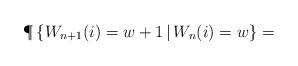
LaTeX: \begin{align*} \P\left\{ W_{n+1}(i)= w+1 \, | \, W_n(i)=w \right\} =\end{align*}